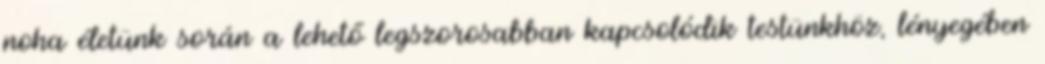
noha életünk során a lehető legszorosabban kapcsolódik testünkhöz, lényegében